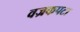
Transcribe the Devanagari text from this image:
वज्रकपटा